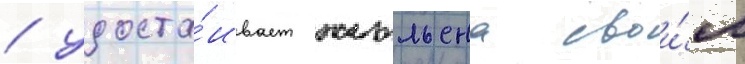
/ удоста́ивает жюльена свои́м